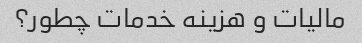
مالیات و هزینه خدمات چطور؟